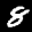
Label: 8